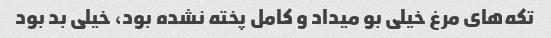
تکه‌های مرغ خیلی بو میداد و کامل پخته نشده بود، خیلی بد بود